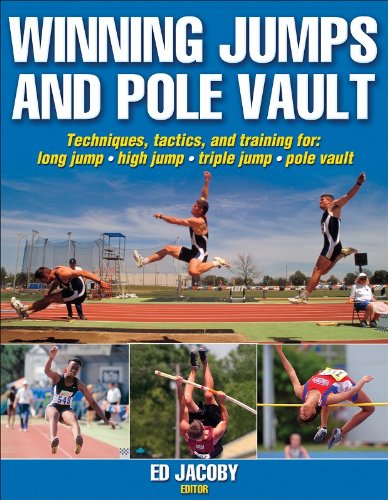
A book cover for Winning Jumps and Pole Vault; Ed Jacoby; Sports & Outdoors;